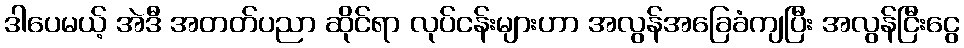
ဒါပေမယ့် အဲဒီ အတတ်ပညာ ဆိုင်ရာ လုပ်ငန်းများဟာ အလွန်အခြေခံကျပြီး အလွန်ငြီးငွေ